Lunatic asylums Punjab 1868-1880 - 1868-1880
Year: 1868
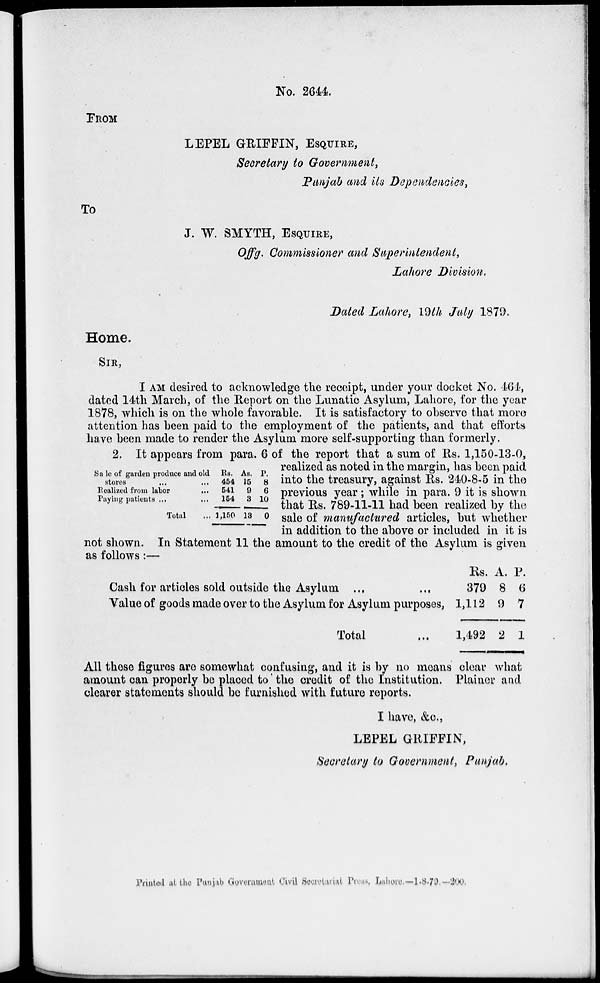
No. 2644.
FROM
LEPEL GRIFFIN, ESQUIRE,
Secretary to Government,
Punjab and its Dependencies,
To
J. W. SMYTH, ESQUIRE,
Offg. Commissioner and Superintendent,
Lahore Division.
Dated Lahore, 19th July 1879.
Home.
SIR,
I AM desired to acknowledge the receipt, under your docket No. 464,
dated 14th March, of the Report on the Lunatic Asylum, Lahore, for the year
1878, which is on the whole favorable. It is satisfactory to observe that more
attention has been paid to the employment of the patients, and that efforts
have been made to render the Asylum more self-supporting than formerly.
Sale of garden produce and old
stores ...
Realized from labor
...
Paying patients ...
Total ...
Rs.
454
541
154
1,150
As.
15
9
3
13
P.
8
6
10
0
2. It appears from para. 6 of the report that a sum of Rs. 1,150-13-0,
realized as noted in the margin, has been paid
into the treasury, against Rs. 240-8-5 in the
previous year; while in para. 9 it is shown
that Rs. 789-11-11 had been realized by the
sale of manufactured articles, but whether
in addition to the above or included in it is
not shown. In Statement 11 the amount to the credit of the Asylum is given
as follows:—
Cash for articles sold outside the Asylum ...
...
Value of goods made over to the Asylum for Asylum purposes,
Total ...
Rs.
379
1,112
1,492
A.
8
9
2
P.
6
7
1
All these figures are somewhat confusing, and it is by no means clear what
amount can properly be placed to the credit of the Institution. Plainer and
clearer statements should be furnished with future reports.
I have, &c.,
LEPEL GRIFFIN,
Secretary to Government, Punjab,
Printed at the Punjab Government Civil Secretariat Press, Lahore. — 1-8-79—200.